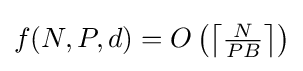
f(N,P,d)=O\left(\left\lceil {\tfrac {N}{PB}}\right\rceil \right)